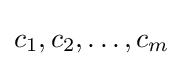
c_{1},c_{2},\ldots ,c_{m}